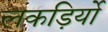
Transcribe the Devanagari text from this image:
लकड़िर्यो